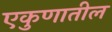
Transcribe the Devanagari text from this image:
एकुणातील